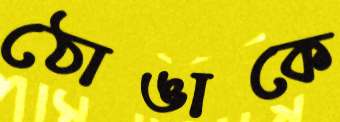
ঠোঙাকে